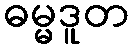
ဓမ္မဒူတ